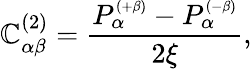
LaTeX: \mathbb{C}_{\alpha\beta}^{(2)}=\frac{{P_{\alpha}^{\scriptscriptstyle{(+\beta)}}-P_{\alpha}^{\scriptscriptstyle{(-\beta)}}}}{{2\xi}},